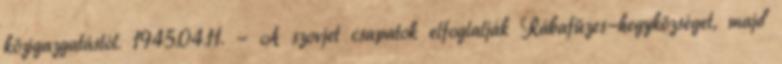
közigazgatástól. 1945.04.11. - A szovjet csapatok elfoglalják Rábafüzes-hegyközséget, majd